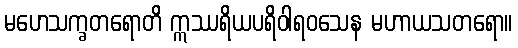
မဟေသက္ခတရောတိ ဣဿရိယပရိဝါရဝသေန မဟာယသတရော။